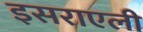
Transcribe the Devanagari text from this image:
इसराएली